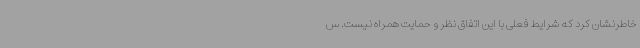
خاطرنشان کرد که شرایط فعلی با این اتفاق نظر و حمایت همراه نیست. س